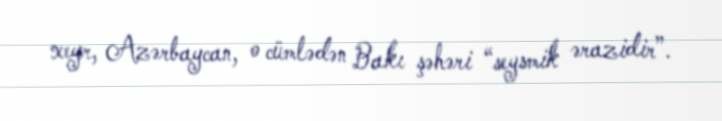
xeyr, Azərbaycan, o cümlədən Bakı şəhəri “seysmik ərazidir”.